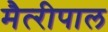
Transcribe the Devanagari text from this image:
मैत्‍रीपाल